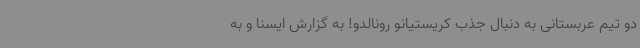
دو تیم عربستانی به دنبال جذب کریستیانو رونالدو! به گزارش ایسنا و به